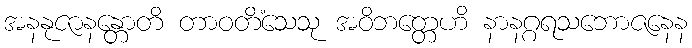
အနနုဇာနန္တောတိ တာဝတိံသေသု အဝိဘတ္တေဟိ နာနဂ္ဂရသဘောဇနေန